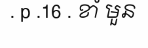
. p .16 . ខាំ មួន